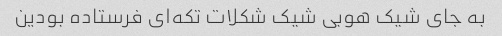
به جای شیک هوبی شیک شکلات تکه‌ای فرستاده بودین